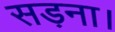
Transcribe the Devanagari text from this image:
सड़ना।